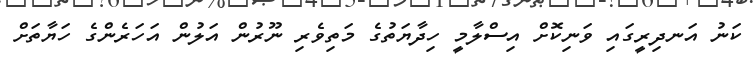
ކަނު އަނދިރީގައި ވަނިކޮށް އިސްލާމީ ހިދާޔަތުގެ މަތިވެރި ނޫރުން އަލުން އަހަރެންގެ ހަޔާތަށް